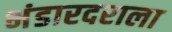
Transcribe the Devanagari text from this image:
भंडारदराला